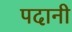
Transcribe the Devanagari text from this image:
पदानी